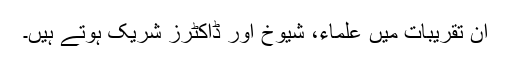
ان تقریبات میں علماء، شیوخ اور ڈاکٹرز شریک ہوتے ہیں۔